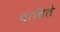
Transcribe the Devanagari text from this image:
बांधिते